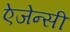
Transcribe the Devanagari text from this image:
ऐजेन्‍सी